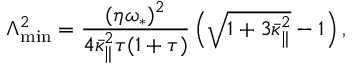
\Lambda _ { \operatorname* { m i n } } ^ { 2 } = \frac { ( \eta \omega _ { \ast } ) ^ { 2 } } { 4 \bar { \kappa } _ { \| } ^ { 2 } \tau ( 1 + \tau ) } \left( \sqrt { 1 + 3 \bar { \kappa } _ { \| } ^ { 2 } } - 1 \right) ,